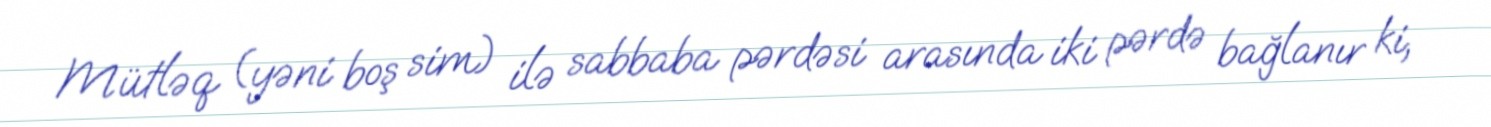
Mütləq (yəni boş sim) ilə sabbaba pərdəsi arasında iki pərdə bağlanır ki,